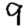
Digit: 9